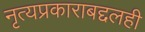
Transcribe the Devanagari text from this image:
नृत्यप्रकाराबद्दलही